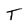
Character: T